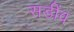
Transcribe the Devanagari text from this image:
सडींव